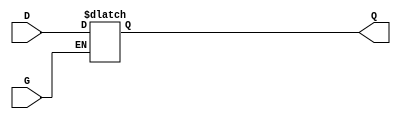
module GatedTransparentLatch (
    input wire D,   // Data input
    input wire G,   // Gate control signal
    output reg Q    // Output
);

// Always block to model the behavior of the latch
always @(*) begin
    if (G) begin
        // When G is high, Q follows D
        Q = D;
    end
    // When G is low, Q retains its last value (hold state)
end

endmodule